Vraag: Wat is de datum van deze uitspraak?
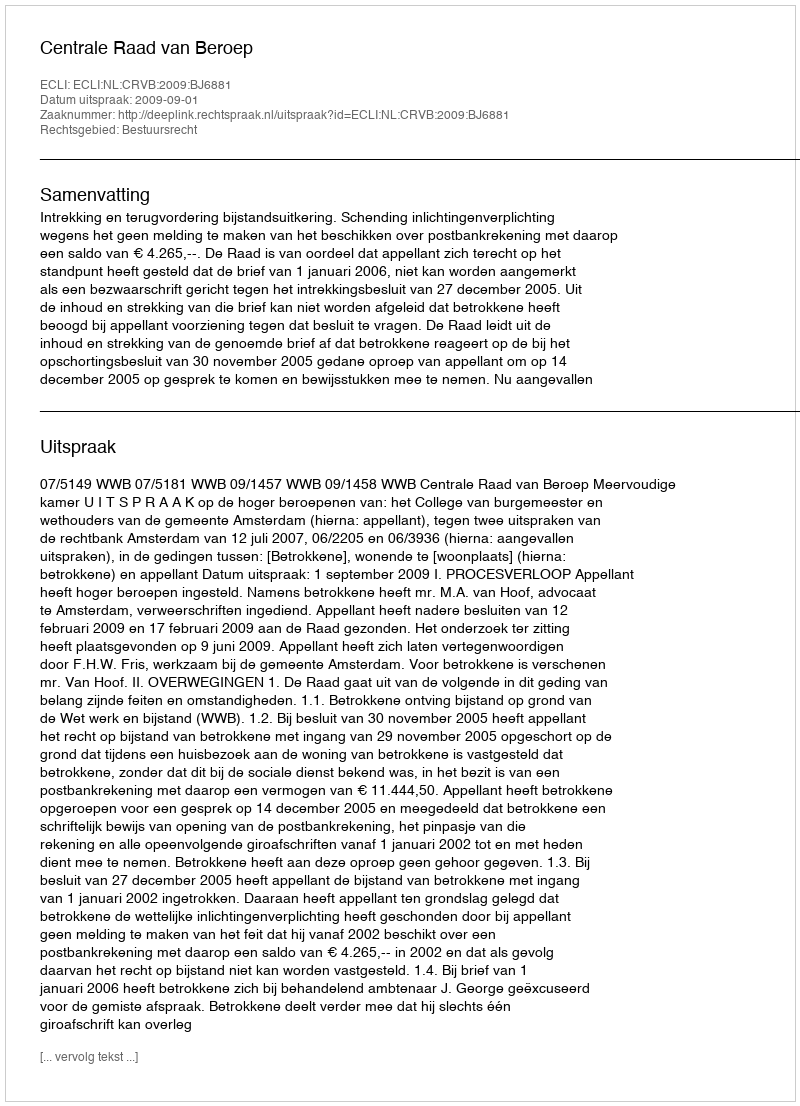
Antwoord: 2009-09-01